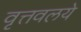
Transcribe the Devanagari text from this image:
वृत्तवलये